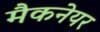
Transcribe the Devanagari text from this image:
मैकनेयर